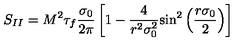
S _ { I I } = M ^ { 2 } \tau _ { f } \frac { \sigma _ { 0 } } { 2 \pi } \left[ 1 - \frac { 4 } { r ^ { 2 } \sigma _ { 0 } ^ { 2 } } { \sin } ^ { 2 } \left( \frac { r \sigma _ { 0 } } { 2 } \right) \right]